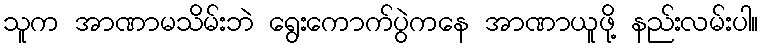
သူက အာဏာမသိမ်းဘဲ ရွေးကောက်ပွဲကနေ အာဏာယူဖို့ နည်းလမ်းပါ။